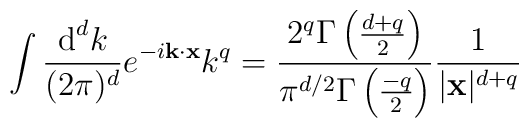
\int \frac{\textup{d}^dk}{(2\pi)^d}e^{-i{\bf k}\cdot{\bf x}}k^q=\frac{2^q\Gamma\left(\frac{d+q}{2}\right)}{\pi^{d/2}\Gamma\left(\frac{-q}{2}\right)}\frac{1}{|{\bf x}|^{d+q}}